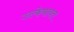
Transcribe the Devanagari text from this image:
उल्केबाबत